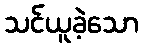
သင်ယူခဲ့သော